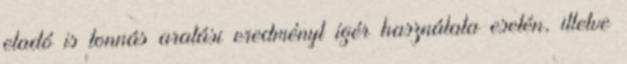
eladó is tonnás aratási eredményt ígér használata esetén, illetve